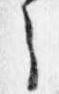
之